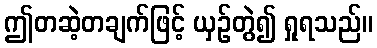
ဤတဆဲ့တချက်ဖြင့် ယှဉ်တွဲ၍ ရှုရသည်။